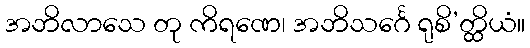
အဘိလာသေ တု ကိရဏေ၊ အဘိသင်္ဂေ ရုစိ’တ္ထိယံ။